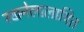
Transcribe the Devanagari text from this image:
रखनेलालायित